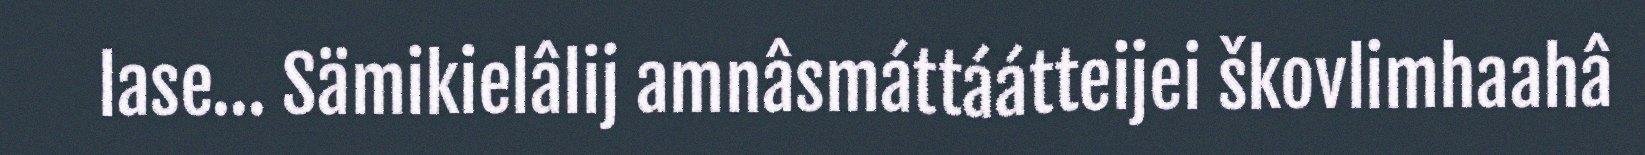
lase… Sämikielâlij amnâsmáttáátteijei škovlimhaahâ